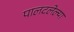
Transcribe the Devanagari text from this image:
पालटलेल्या